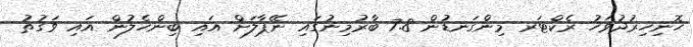
ހޮނިހިރުދުވަހު ރެކްޓަރ މިންގަނޑުން 7.8 ބާރުމިނުގައި ނޭޕާލަށް އައި ބިންހެލުން އައި ވަގުތު